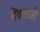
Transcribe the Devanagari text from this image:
देंवताओं